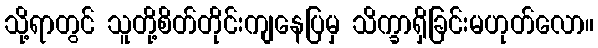
သို့ရာတွင် သူတို့စိတ်တိုင်းကျနေပြမှ သိက္ခာရှိခြင်းမဟုတ်လော။